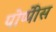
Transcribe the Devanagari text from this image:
पोप्पीेस